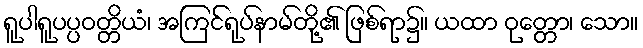
ရူပါရူပပ္ပဝတ္တိယံ၊ အကြင်ရုပ်နာမ်တို့၏ ဖြစ်ရာ၌။ ယထာ ဝုတ္တော၊ သော။